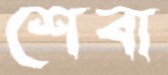
শেবা